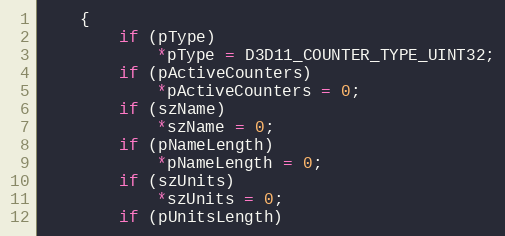
Language: C
	{
		if (pType)
			*pType = D3D11_COUNTER_TYPE_UINT32;
		if (pActiveCounters)
			*pActiveCounters = 0;
		if (szName)
			*szName = 0;
		if (pNameLength)
			*pNameLength = 0;
		if (szUnits)
			*szUnits = 0;
		if (pUnitsLength)